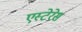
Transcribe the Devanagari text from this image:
एस्टेरेस